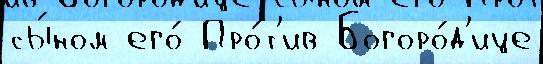
сы́ном его́ Про́т'ив Богоро́д'ице